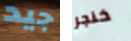
جيد خنجر